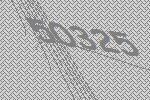
50325